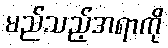
မည်သည့်အရာကို